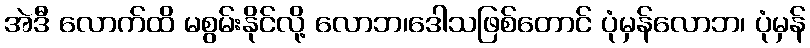
အဲဒီ လောက်ထိ မစွမ်းနိုင်လို့ လောဘ၊ဒေါသဖြစ်တောင် ပုံမှန်လောဘ၊ ပုံမှန်